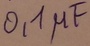
Text: 0,1µF